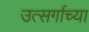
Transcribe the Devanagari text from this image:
उत्सर्गाच्या